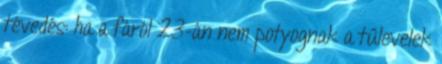
tévedés: ha a fáról 23-án nem potyognak a tűlevelek